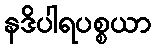
နဒိပါရပစ္စယာ